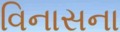
વિનાસના